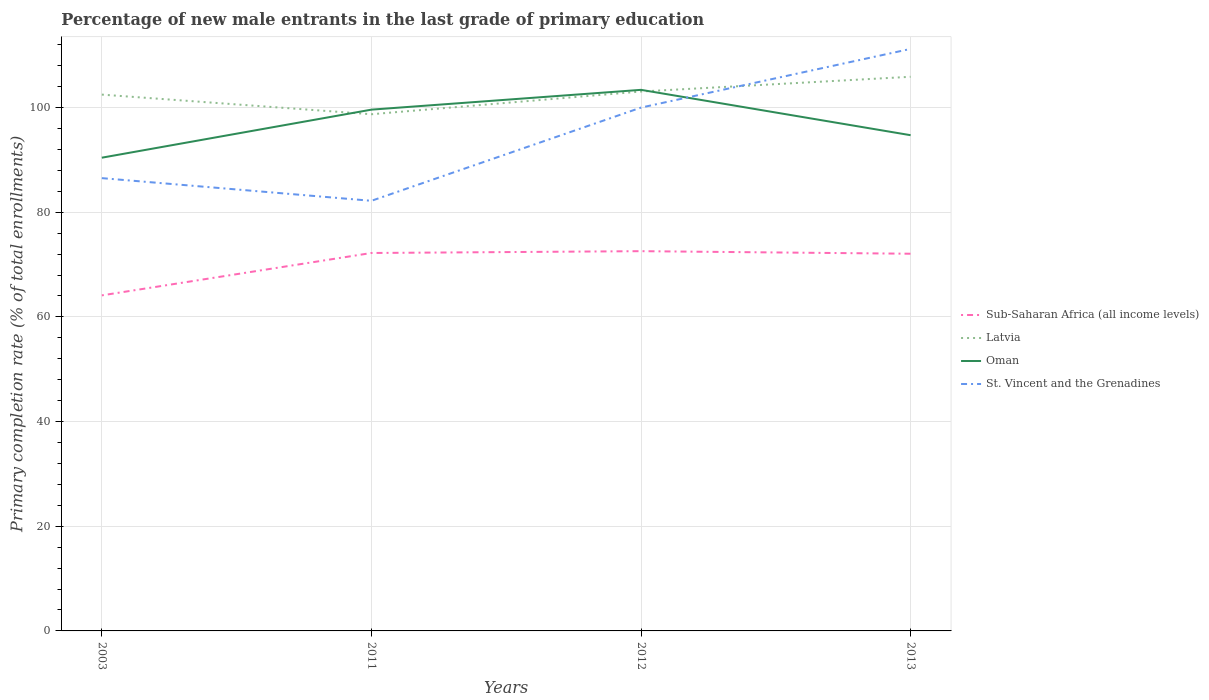
| Years | Sub-Saharan Africa (all income levels) | Latvia | Oman | St. Vincent and the Grenadines |
 | --- | --- | --- | --- | --- |
 | 2003 | 64.1 | 102 | 90.4 | 86.5 |
 | 2011 | 72.2 | 98.7 | 99.6 | 82.2 |
 | 2012 | 72.6 | 103 | 103 | 100 |
 | 2013 | 72.1 | 106 | 94.7 | 111 |